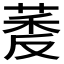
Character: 𬝔